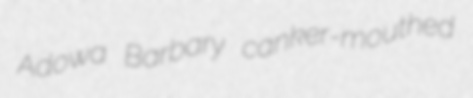
Adowa Barbary canker-mouthed